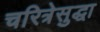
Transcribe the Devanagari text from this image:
चरित्रेसुद्धा